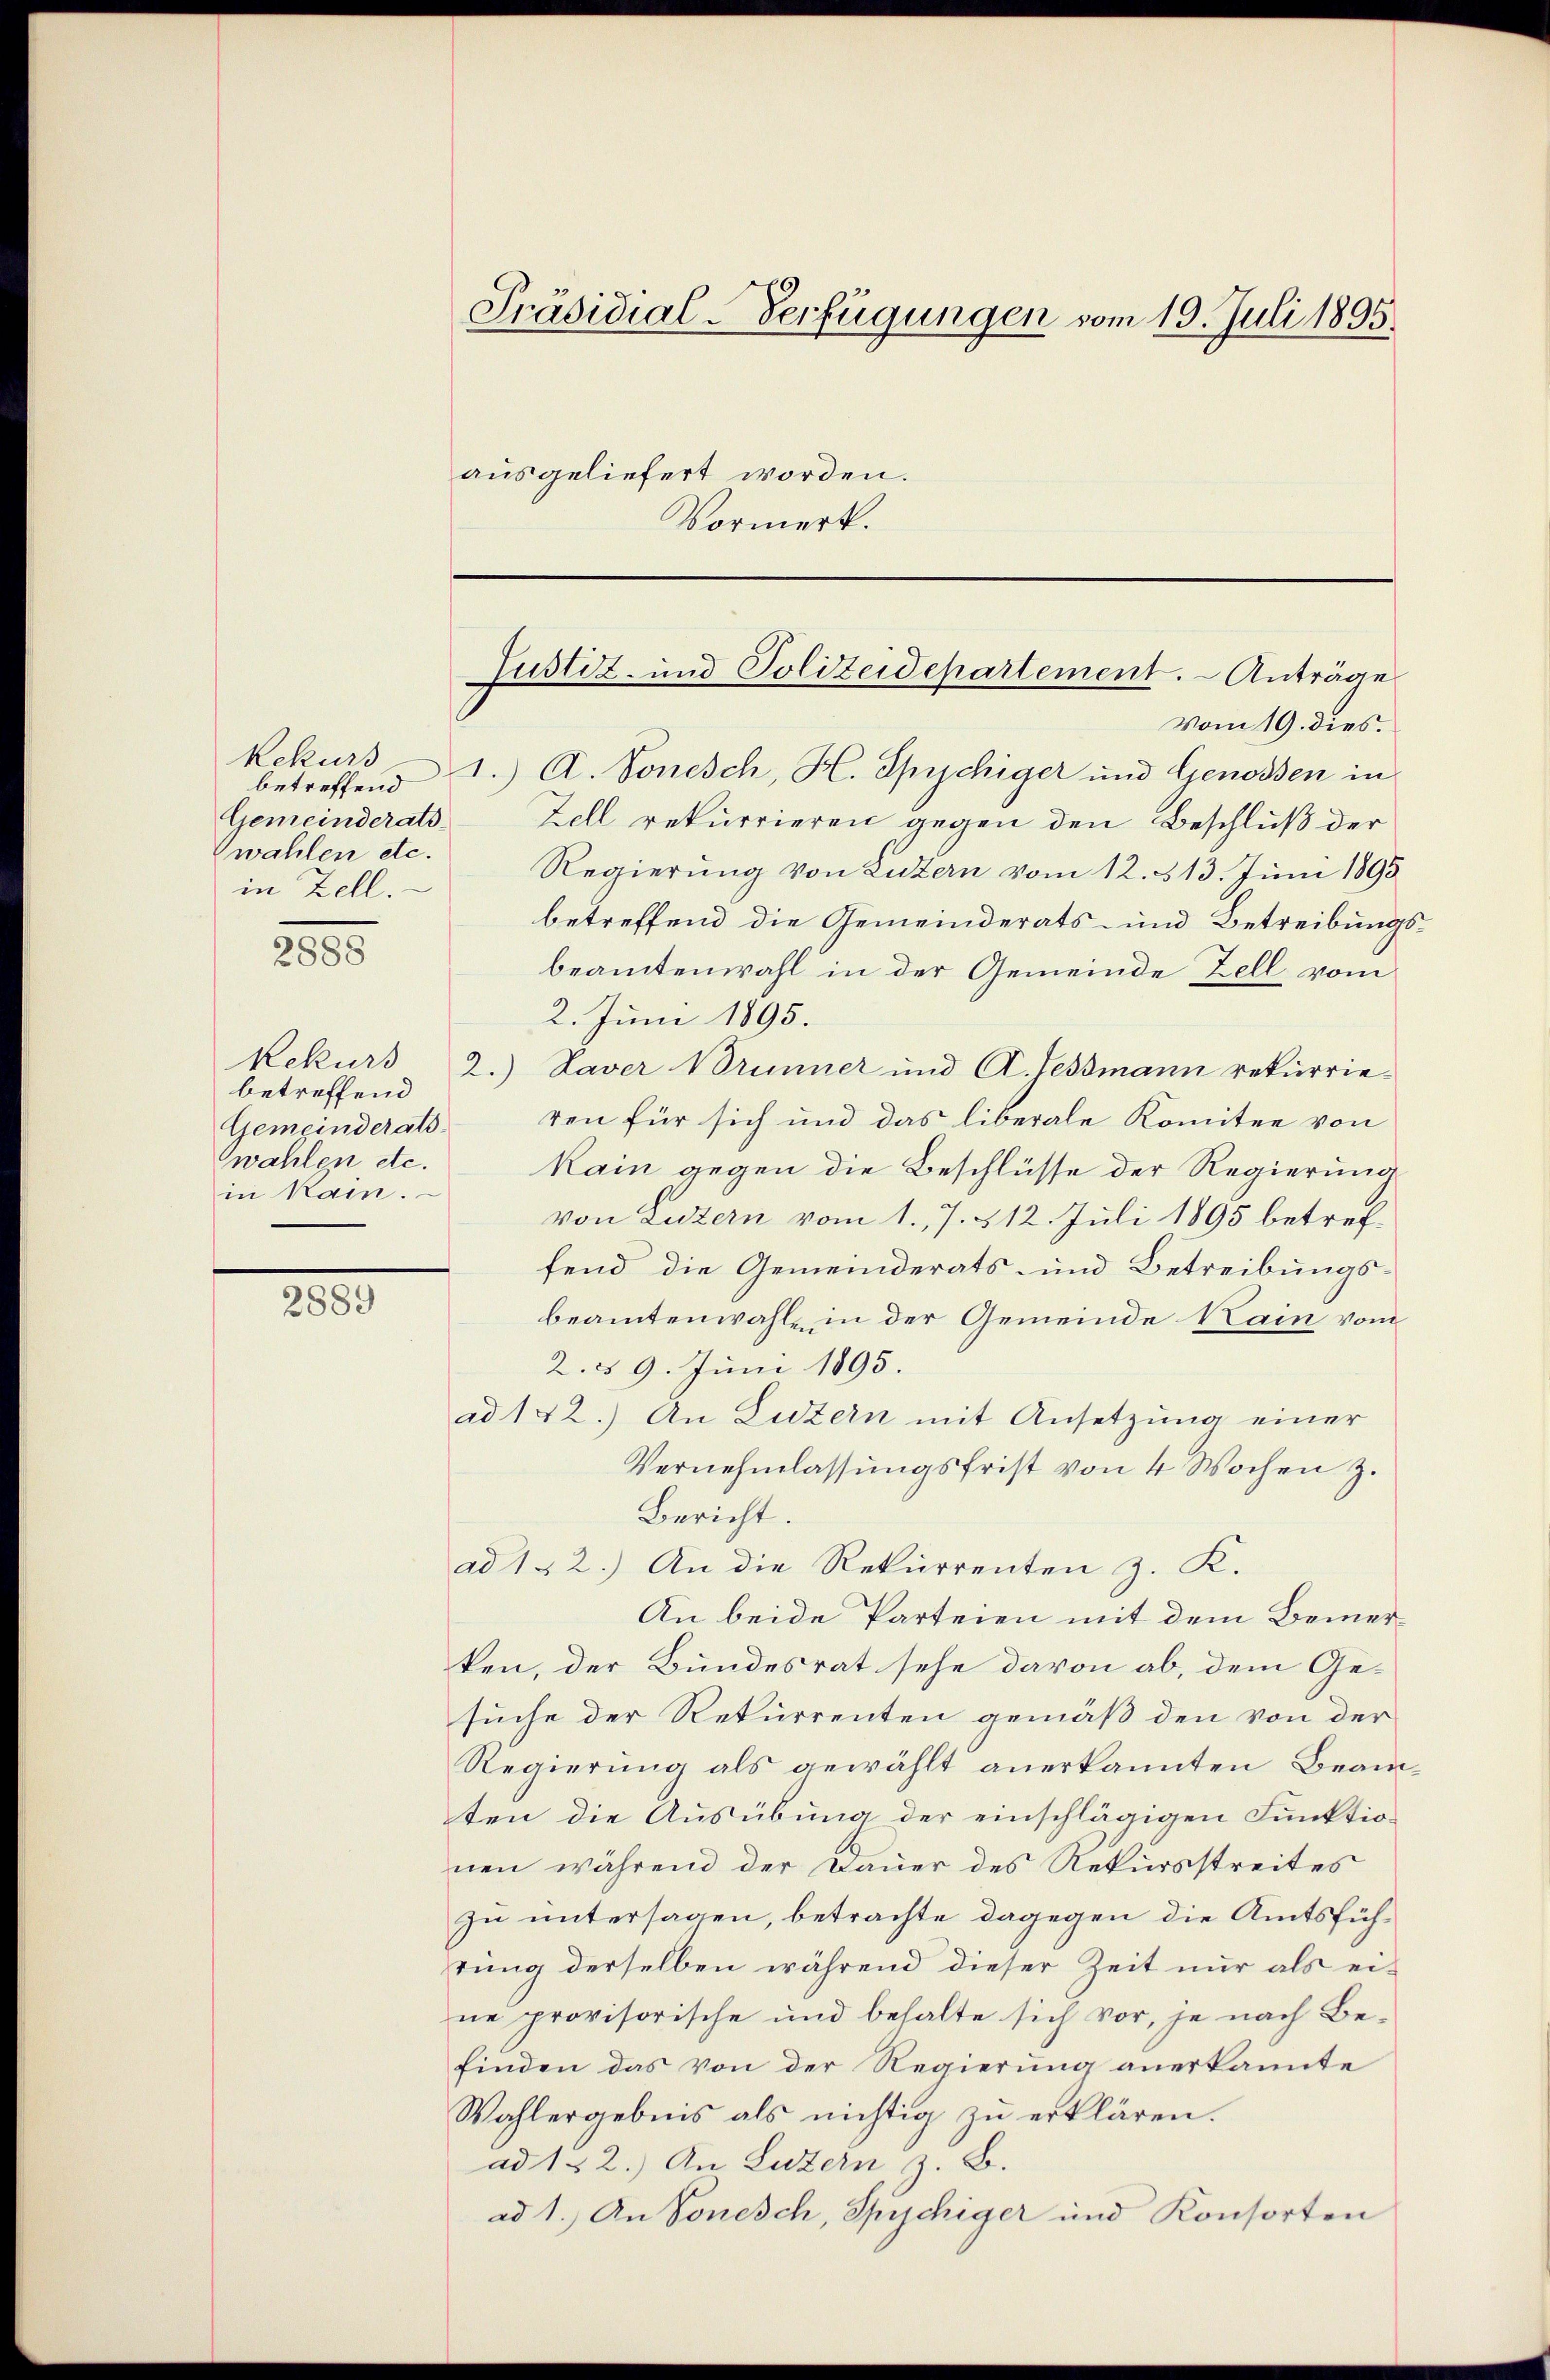
Rekurs
betreffend
Gemeinderats-
zwahlen etc.
in Zell.
2888

Rekurs
betreffend
Gemeinderats
swahlen etc.
in kam.

2889

Präsidial-Verfügungen vom 19. Juli 1895.
ausgeliefert worden.
Vormerk.

Justiz- und Polizeidepartement. - Anträge

Vom 19. dies.
1.) A. Sonesch, H. Spichiger und Genossen in
Zell rekurrieren gegen den Beschluß der
Regierung von Luzern vom 12. 313. Juni 1895
betreffend die Gemeinderats- und Betreibungsbeamtenwahl in der Gemeinde Zell vom
2. Juni 1895.
2.) Daver Brunner und A. Hessmann rekurrieren für sich und das liberale Komitee von
kain gegen die Beschlüsse der Regierung
von Luzern vom 1. 7. 512. Juli 1895 betref-
fend die Gemeinderats- und Betreibungs-
beamtenwahle in der Gemeinde Main vom
2. § 9. Juni 1895.
ad 142.) An Luzern mit Ansetzung einer
Vernehmlassungsfrist von 4 Wochen z.
Bericht.
ad 1. 2.) An die Rekurrenten z. K.
An beide Parteien mit dem Bemerken, der Bundesrat sehe davon ab, dem Ge-
suche der Rekurrenten gemäß den von der
Regierŭng als gewählt anerkannten Beamten die Ausübung der einschlägigen Funktionen während der Dauer des Rekursstreites
zu untersagen, betrachte dagegen die Amtsführung derselben während dieser Zeit nur als eine provisorische und behalte sich vor, je nach Be-
finden das von der Regierung anerkannte
Wahlergebens als nichtig zu erklären.
ad 122.) An Luzern z. B.
ad 1.) An Sonesch, Spychiger und Konsorten